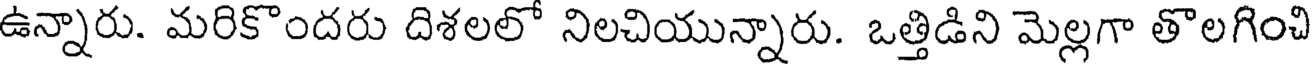
ఉన్నారు. మరికొందరు దిశలలో నిలచియున్నారు. ఒత్తిడిని మెల్లగా తొలగించి